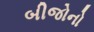
બીજોનો